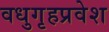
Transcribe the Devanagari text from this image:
वधुगृहप्रवेश